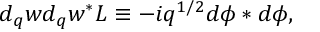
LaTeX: d _ { q } w d _ { q } w ^ { \ast } { \cal L } \equiv - i q ^ { 1 / 2 } d \phi \ast d \phi ,